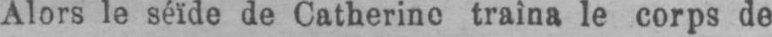
Alors le séïde de Catherine traîna le corps de